65_HS1-834228961_62-HQ-83894_Section_1
Agency: FBI
Page 145
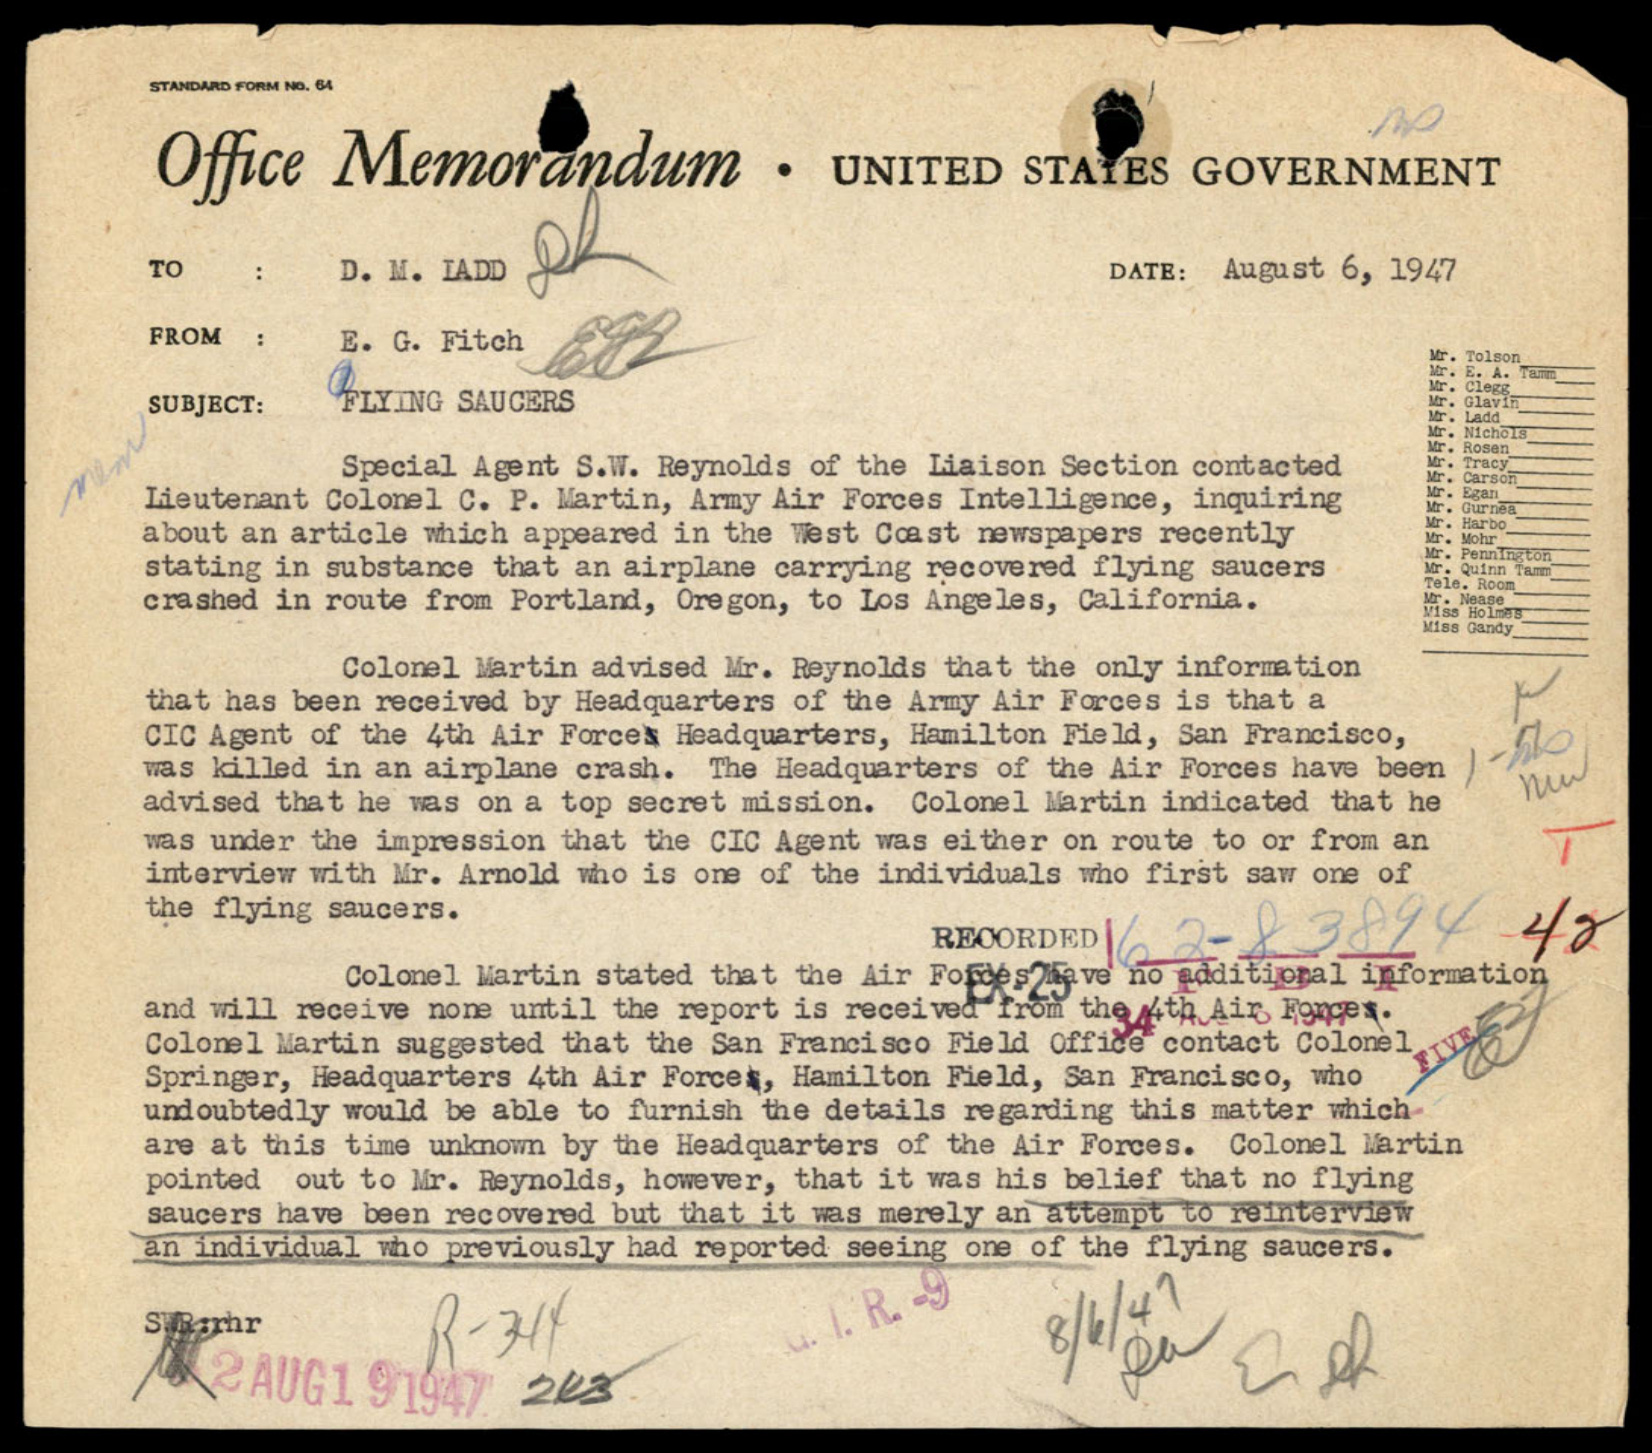